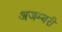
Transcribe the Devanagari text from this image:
अजम्बरी